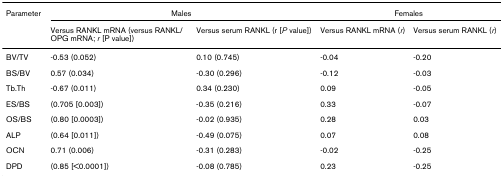
<table><thead><tr><td><b>Parameter</b></td><td colspan="2"><b>Males</b></td><td colspan="2"><b>Females</b></td></tr><tr><td></td><td><b>Versus RANKL mRNA (versus RANKL/OPG mRNA; <i>r </i>[P value])</b></td><td><b>Versus serum RANKL (r [<i>P </i>value])</b></td><td><b>Versus RANKL mRNA (<i>r</i>)</b></td><td><b>Versus serum RANKL (<i>r</i>)</b></td></tr></thead><tbody><tr><td>BV/TV</td><td>-0.53 (0.052)</td><td>0.10 (0.745)</td><td>-0.04</td><td>-0.20</td></tr><tr><td>BS/BV</td><td>0.57 (0.034)</td><td>-0.30 (0.296)</td><td>-0.12</td><td>-0.03</td></tr><tr><td>Tb.Th</td><td>-0.67 (0.011)</td><td>0.34 (0.230)</td><td>0.09</td><td>-0.05</td></tr><tr><td>ES/BS</td><td>(0.705 [0.003])</td><td>-0.35 (0.216)</td><td>0.33</td><td>-0.07</td></tr><tr><td>OS/BS</td><td>(0.80 [0.0003])</td><td>-0.02 (0.935)</td><td>0.28</td><td>0.03</td></tr><tr><td>ALP</td><td>(0.64 [0.011])</td><td>-0.49 (0.075)</td><td>0.07</td><td>0.08</td></tr><tr><td>OCN</td><td>0.71 (0.006)</td><td>-0.31 (0.283)</td><td>-0.02</td><td>-0.25</td></tr><tr><td>DPD</td><td>(0.85 [&lt;0.0001])</td><td>-0.08 (0.785)</td><td>0.23</td><td>-0.25</td></tr></tbody></table>